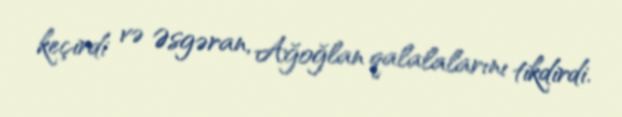
keçirdi və Əsgəran, Ağoğlan qalalalarını tikdirdi.